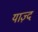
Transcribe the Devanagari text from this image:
याज़्द